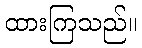
ထားကြသည်။